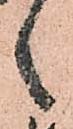
々